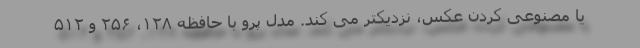
یا مصنوعی کردن عکس، نزدیکتر می کند. مدل پرو با حافظه ۱۲۸، ۲۵۶ و ۵۱۲